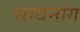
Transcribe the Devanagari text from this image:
साधनांग